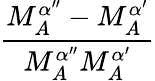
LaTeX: \frac{M_{A}^{\alpha^{\prime\prime}}-M_{A}^{\alpha^{\prime}}}{M_{A}^{\alpha^{\prime\prime}}M_{A}^{\alpha^{\prime}}}